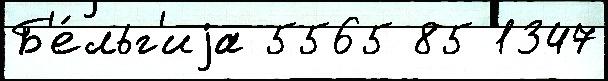
Б'е́льг'иjа 5565 85 1347